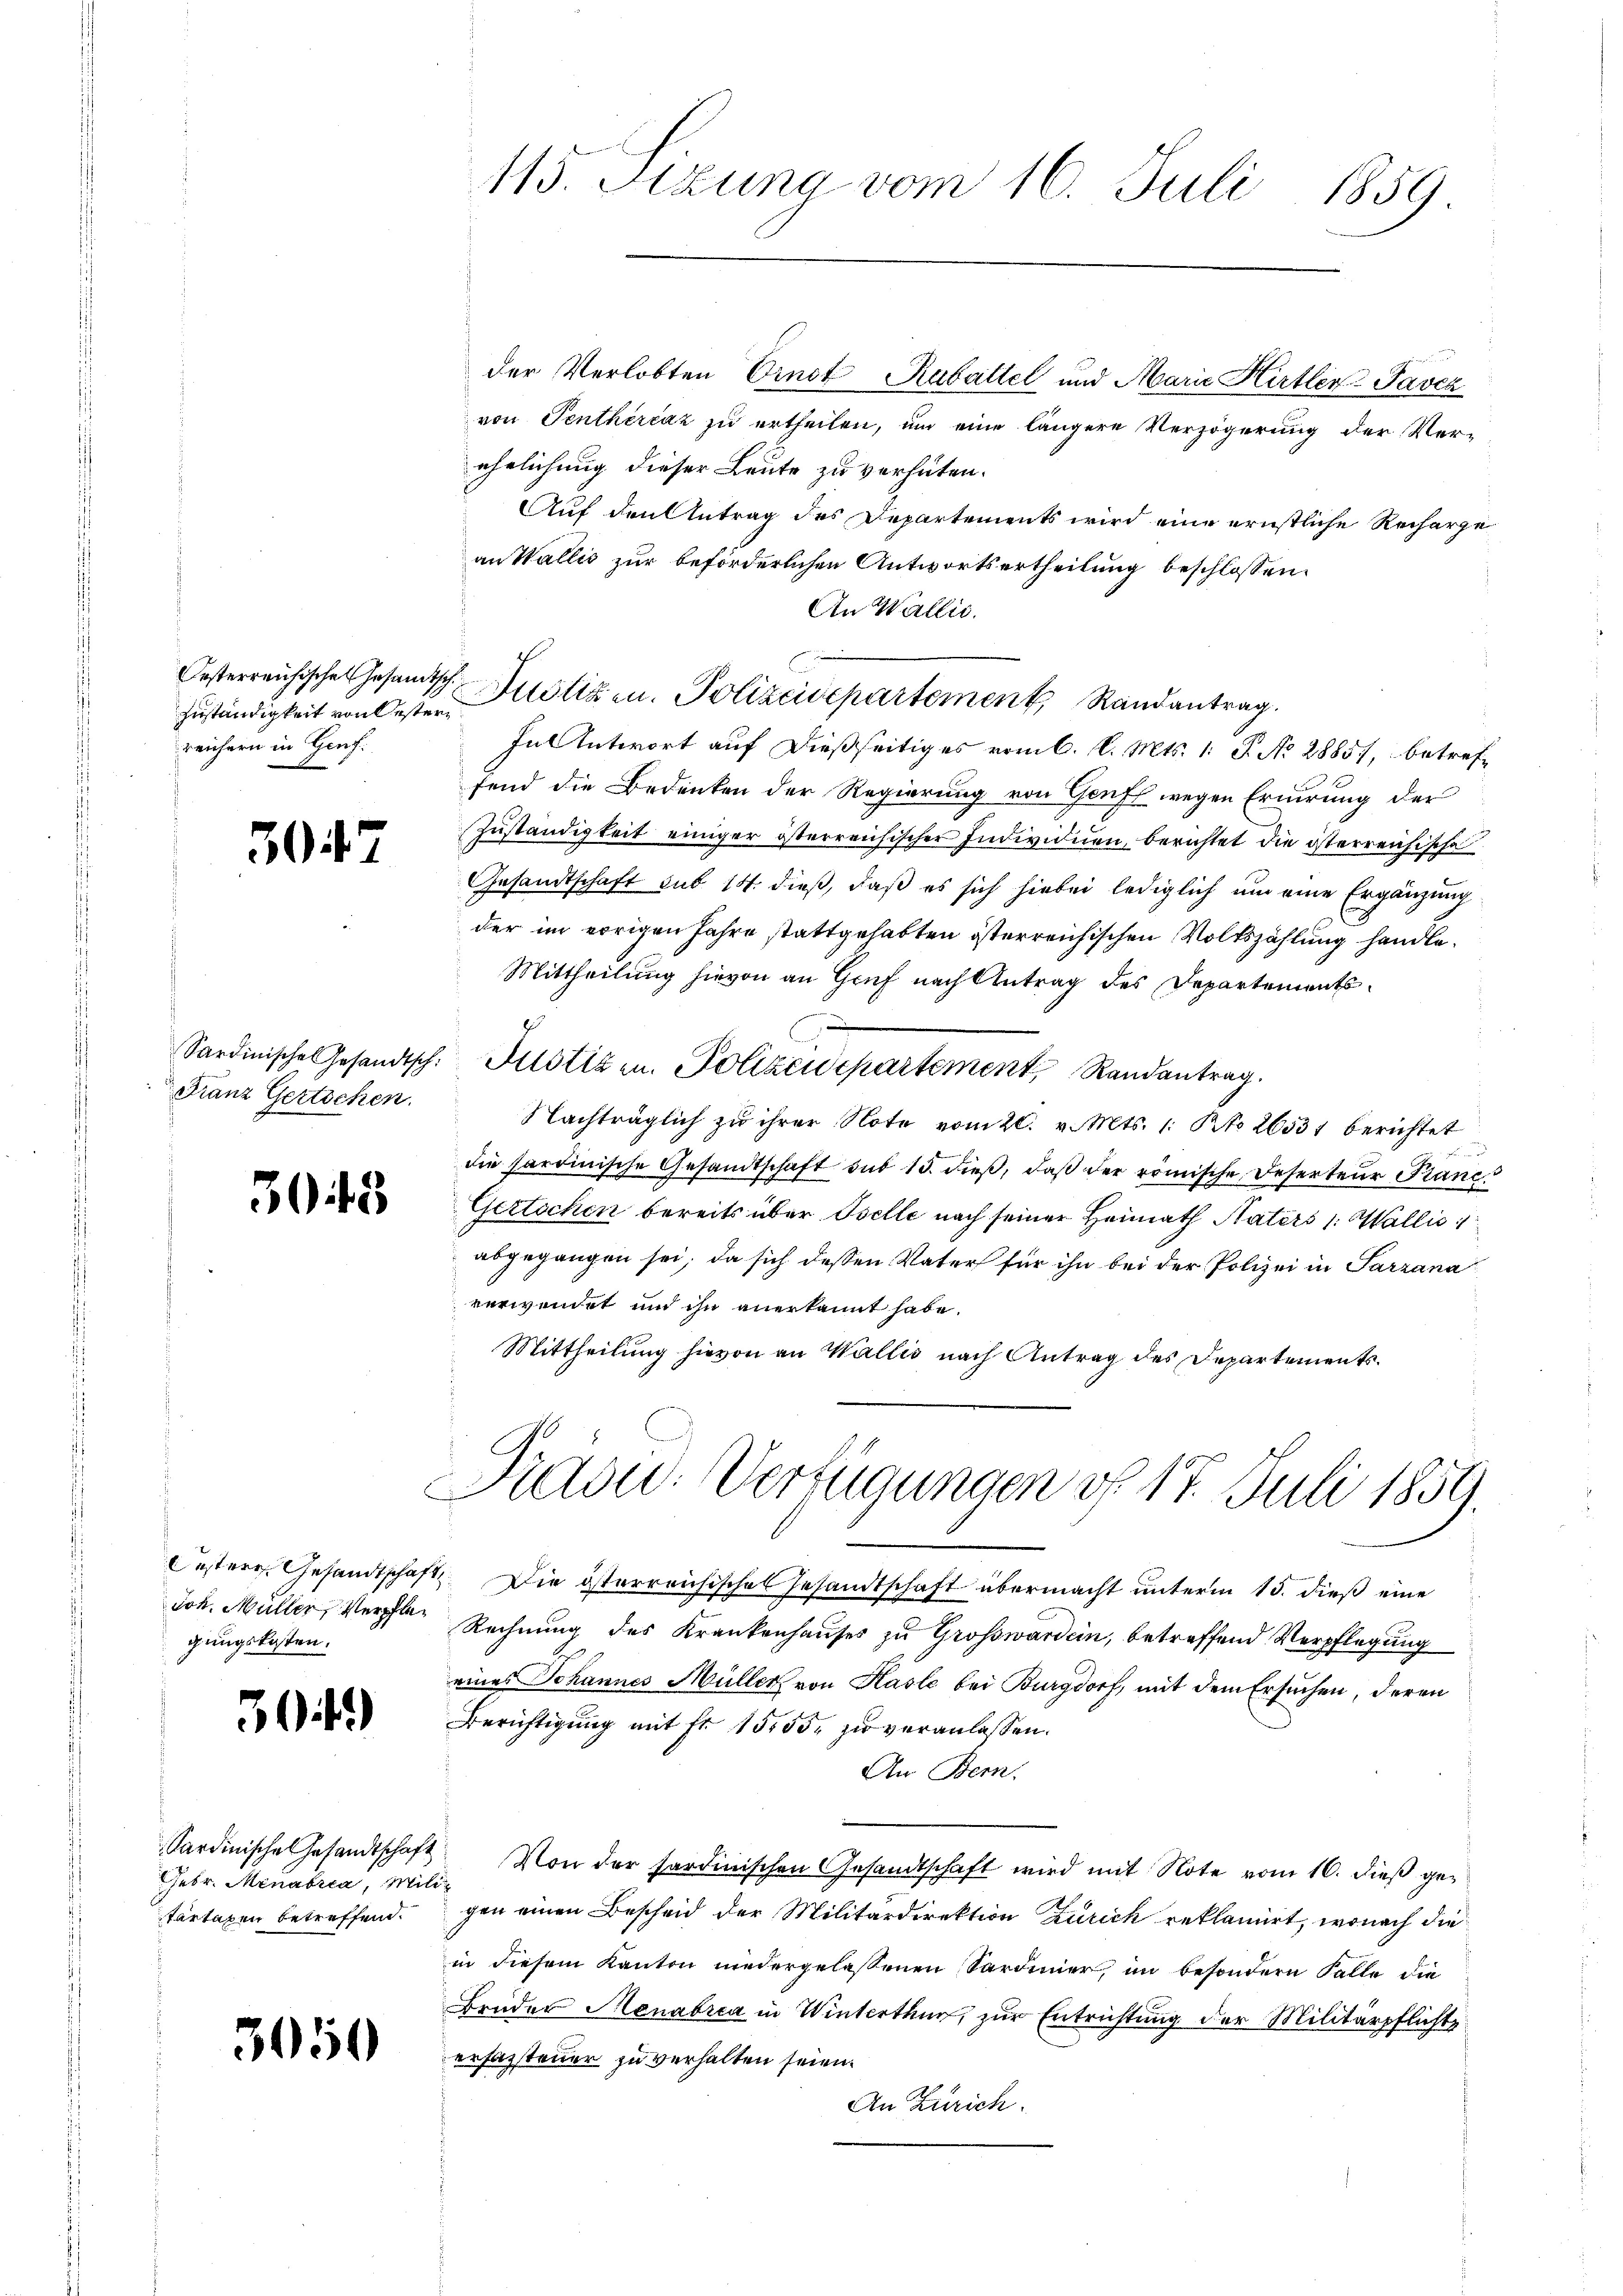
Zuständigkeit von Oester
reichern in Hinf:

3

2

Franz Gertschen.

3045

estere Gesandtschaft
Joh. Müller, Verpflegungskosten.

504.)

Sardinische Gesandtschaft
Febr. Menabria, Mili
Tartaxen betreffend.

3050

113. Sitzung vom 16. Juli 1859

der Verlobten Ernst Rabattel und Marie Hirtler-Javez
von Penthèrčaz zu ertheilen, um eine längere Verzögerung der Ver-
ehelichung dieser Leute zu verhüten.
Auf den Antrag des Departements wird eine ernstliche Recharge
an Wallis zur beförderlichen Antwortsertheilung beschlossen:
An Wallis.
Oesterreichischen Gesamtsch. Justiz u. Polizeisepartement, Randantrag.
In Antwort auf dießseitiges vom 6. d. Mts. 1. P. No 28857, betreffend die Bedenken der Regierung von Genf wegen Errung der
Zuständigkeit einiger österreichischer Individuen, berichtet die österreichische
Gesandtschaft sub 14. dieß, daß es sich hiebei lediglich um eine Ergänzung
der im errigen Jahre stattgehabten österreichischen Volkszählung handle.
Mittheilung hievon an Genf nach Antrag des Departementsg
Sardinische Gesandtsch. Justizen. Polizeidepartement, Randantrag.
Nachträglich zu ihrer Note vom 20. v. Mts. 1. Pto 26531 berichtet
die Sardinische Gesandtschaft sub 15. dieβ, daβ der römische Deserteur Franc
Gertochen bereits über Belle nach seiner Heimath Naters /: Wallis 1
abgegangen sei, da sich dessen Vater für ihn bei der Polizei in Sarzana
verwendet und ihn anerkannt habe.
Mittheilung hievon an Wallis nach Antrag des Departements¬

Die österreichisches Gesandtschaft übermacht unterm 15. dieß eine
Rechnung des Krankenhauses zu Großwarden, betreffend Verpflegung
eines Johannes Müller von Hasle bei Burgdorf, mit dem Ersuchen, deren
Berichtigung mit fr. 1555. zu veranlassen.
An Bern.
Von der Sardinischen Gesandtschaft wird mit Note vom 16. dieß gegen einen Bescheid der Militärdirektion Zürich reklamirt, wonach die
in diesem Kanton niedergelassenen Sardinier, im besondern Falle die
Brüder Menabrea in Winterthur, zur Entrichtung der Militärpflichte
erfassteuer zu verhalten seien.
An Zürich.

Radu. Verfügungen d. 17. Juli 1859.